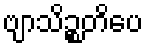
ဗျာသိဉ္စတိပေ